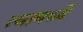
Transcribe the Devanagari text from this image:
त्यामध्यें